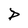
Character: P